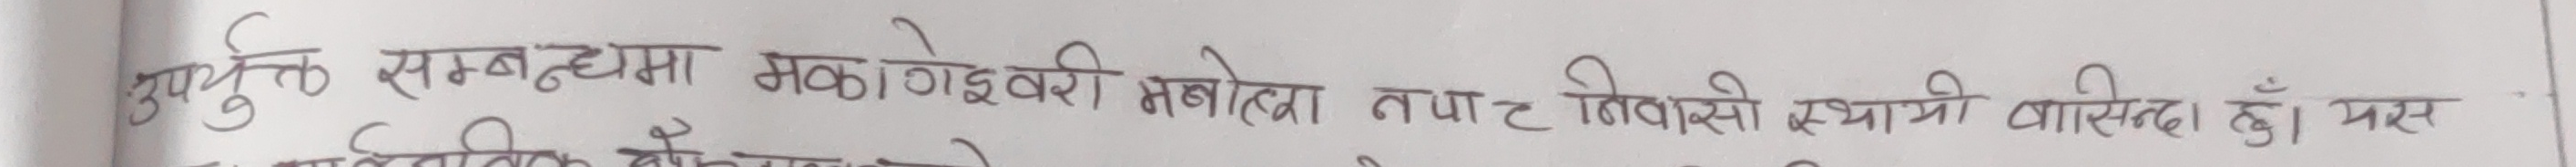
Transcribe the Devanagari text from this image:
उपर्युक्त सम्बन्धमा मकवानपुर महोत्तरा नपट निवासी स्थायी वासिन्दा हूँ । यस